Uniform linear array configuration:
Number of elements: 48
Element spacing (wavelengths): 0.25
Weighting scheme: binomial
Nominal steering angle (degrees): -15
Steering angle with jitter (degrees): -15.242
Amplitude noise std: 0.05
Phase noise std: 0.05

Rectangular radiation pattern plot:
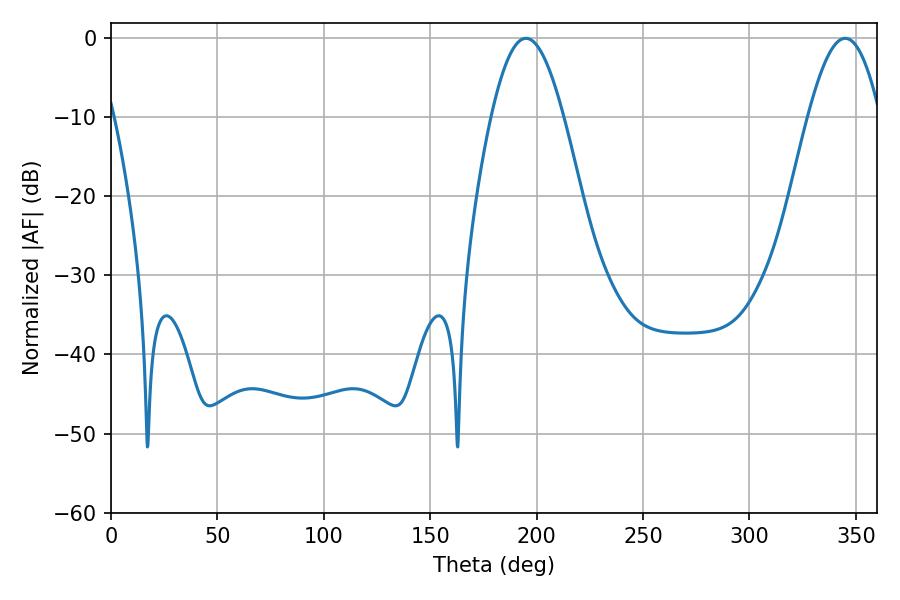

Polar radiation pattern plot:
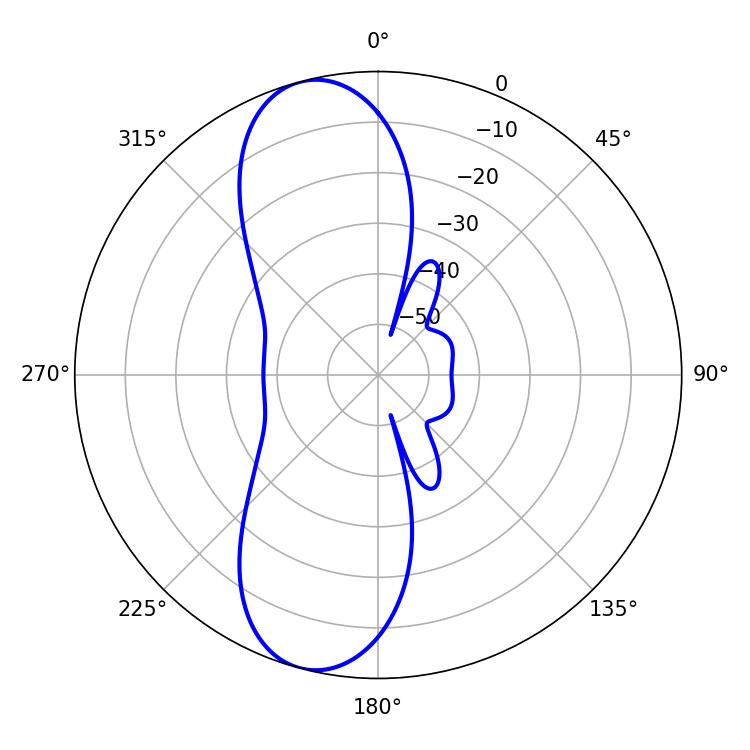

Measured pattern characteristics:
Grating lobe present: FALSE
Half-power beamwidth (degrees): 18.36
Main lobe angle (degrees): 194.94